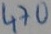
Text: 470